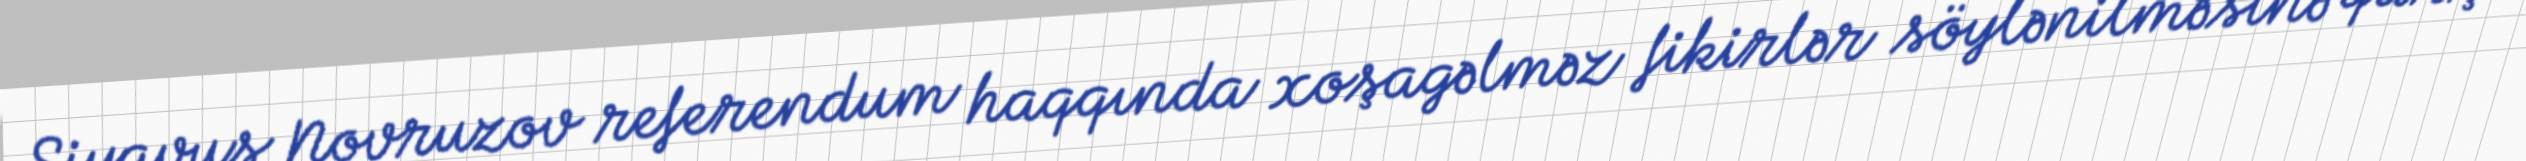
Siyavuş Novruzov referendum haqqında xoşagəlməz fikirlər söylənilməsinə qarşı